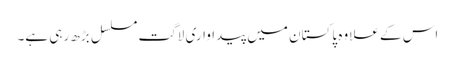
اس کے علاوہ پاکستان میں پیداواری لاگت مسلسل بڑھ رہی ہے۔